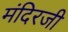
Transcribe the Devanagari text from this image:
मंदिरजी